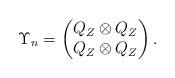
LaTeX: \begin{align*}\Upsilon_{n}=\begin{pmatrix}Q_{Z}\otimes Q_{Z}\\Q_{Z}\otimes Q_{Z}\end{pmatrix}.\end{align*}